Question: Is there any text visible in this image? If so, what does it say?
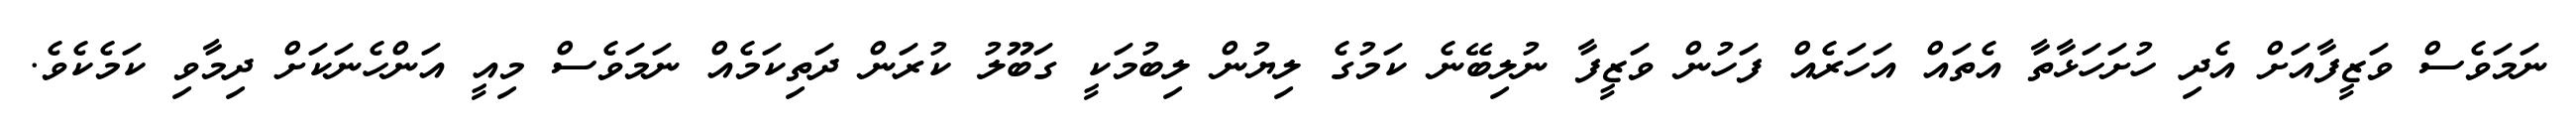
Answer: ނަމަވެސް ވަޒީފާއަށް އެދި ހުށަހަޅާތާ އެތައް އަހަރެއް ފަހުން ވަޒީފާ ނުލިބޭނެ ކަމުގެ ލިޔުން ލިބުމަކީ ގަބޫލު ކުރަން ދަތިކަމެއް ނަމަވެސް މިއީ އަންހެނަކަށް ދިމާވި ކަމެކެވެ.